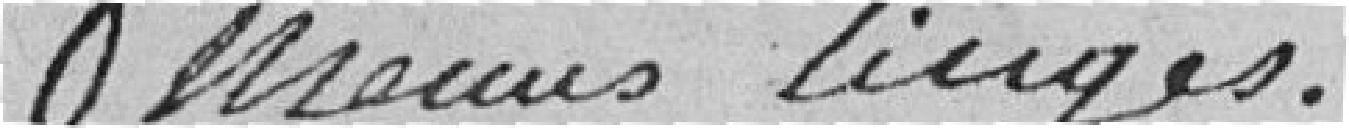
menus linges.